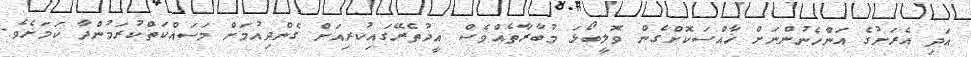
އަދި އެރަށުގެ އަންހެނުންނަށް ޚާއްސަކޮށްގެން ވޮލީބޯޅަ މުބާރާތެއްވެސް އީދުތެރޭގައިކުރިއަށް ގެންދިއުމަށް މަސައްކަތްކުރަމުންދާ ކަމަށެވެ.